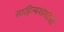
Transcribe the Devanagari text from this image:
साहित्यशारदेची